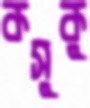
কসুকু